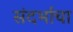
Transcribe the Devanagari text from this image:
संदर्भाचा